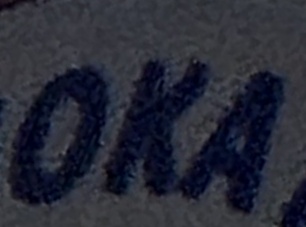
OKA